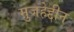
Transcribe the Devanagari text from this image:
मुजहेद्दीन